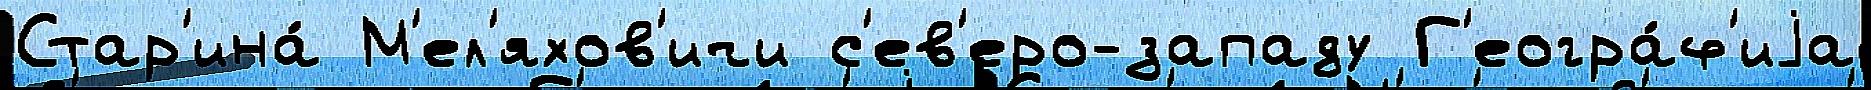
Стар'ина́ М'ел'яхов'ичи с'ев'еро-западу Г'еогра́ф'иjа